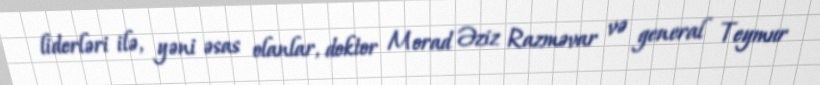
liderləri ilə, yəni əsas olanlar, doktor Morad Əziz Razməvar və general Teymur